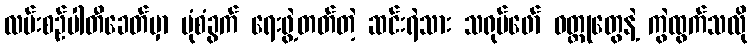
လမ်းစဉ်ပါတီခေတ်မှာ ပုံစံခွက် ရေးဖွဲ့တတ်တဲ့ ဆင်းရဲသား သရုပ်ဖော် ဝတ္ထုတွေနဲ့ ကွဲထွက်သလို